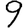
Digit: 9